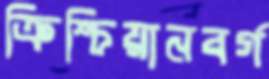
ক্রিশ্চিয়ানবর্গ